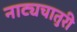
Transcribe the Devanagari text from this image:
नाट्यचातुरी